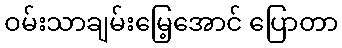
ဝမ်းသာချမ်းမြေ့အောင် ပြောတာ